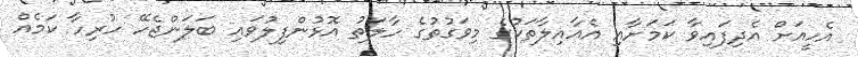
އެހީއަށް އެދިފައިވާ ކަމަށާއި އެއާއިލާތަކުގެ މިވަގުތުގެ ހާލަތު އޮޅުންފިލުވައި ބަލަންޖެހޭ ހުރިހާ ކަމެއް